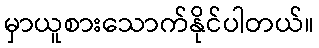
မှာယူစားသောက်နိုင်ပါတယ်။